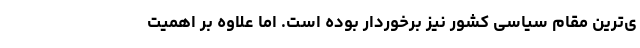
ی‌ترین مقام سیاسی کشور نیز برخوردار بوده است. اما علاوه بر اهمیت